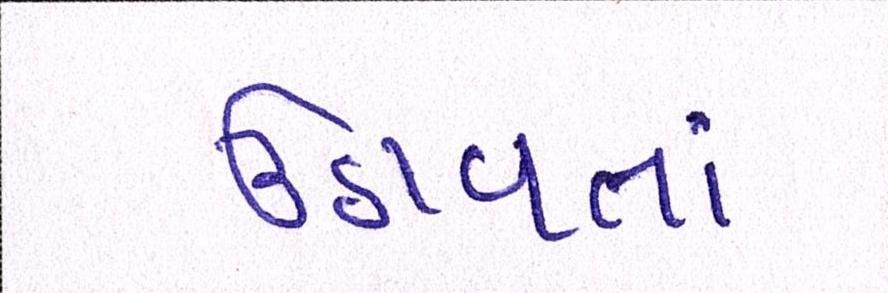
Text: ઉઠાવતાં